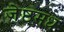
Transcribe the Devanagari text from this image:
जेष्ठमध